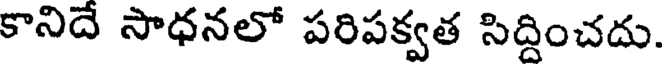
కానిదే సాధనలో పరిపక్వత సిద్దించదు.